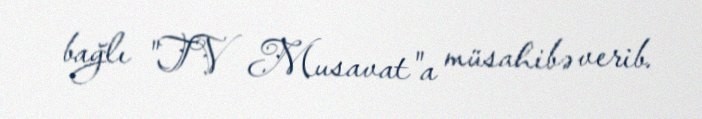
bağlı "TV Musavat"a müsahibə verib.